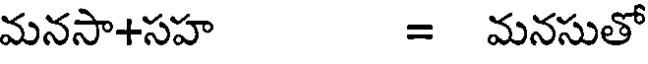
మనసా+సహ = మనసుతో